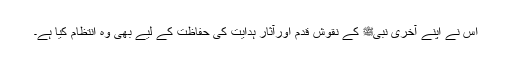
اس نے اپنے آخری نبیﷺ کے نقوش قدم اورآثار ہدایت کی حفاظت کے لیے بھی وہ انتظام کیا ہے۔